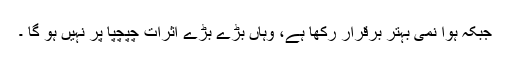
جبکہ ہوا نمی بہتر برقرار رکھا ہے، وہاں بڑے بڑے اثرات چپچپا پر نہیں ہو گا ۔